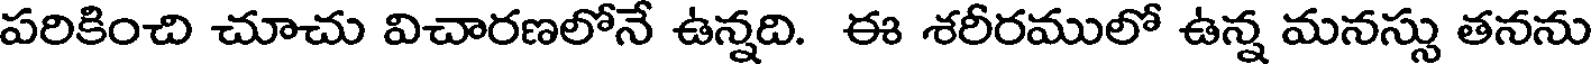
పరికించి చూచు విచారణలోనే ఉన్నది. ఈ శరీరములో ఉన్న మనస్సు తనను